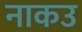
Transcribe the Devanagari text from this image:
नाकउ